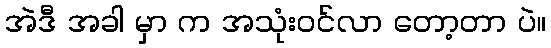
အဲဒီ အခါ မှာ က အသုံးဝင်လာ တော့တာ ပဲ။